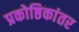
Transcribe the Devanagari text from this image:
प्रकोष्ठिकांतर